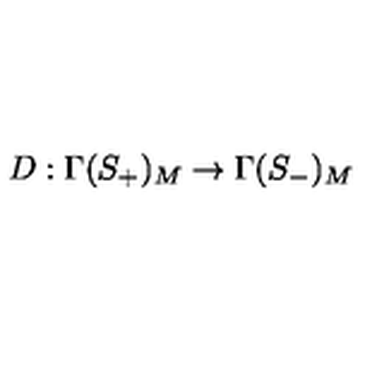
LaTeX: D : \Gamma ( S _ { + } ) _ { M } \rightarrow \Gamma ( S _ { - } ) _ { M }